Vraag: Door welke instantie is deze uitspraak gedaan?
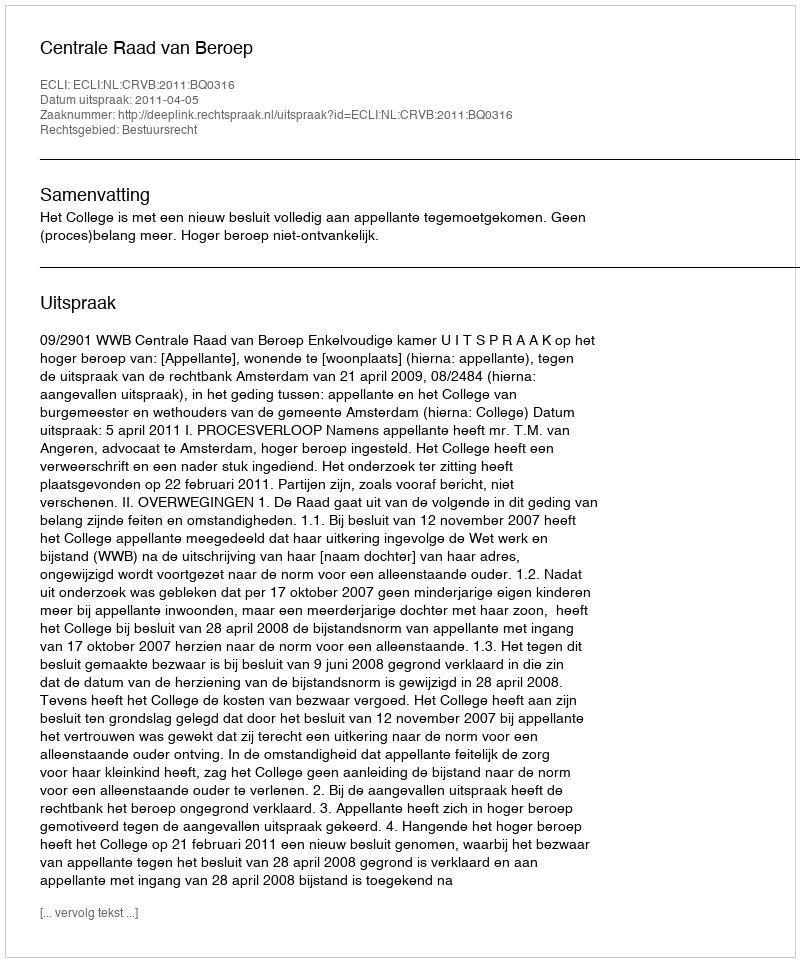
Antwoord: Centrale Raad van Beroep